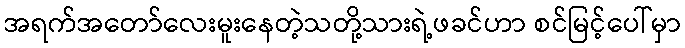
အရက်အတော်လေးမူးနေတဲ့သတို့သားရဲ့ဖခင်ဟာ စင်မြင့်ပေါ်မှာ